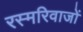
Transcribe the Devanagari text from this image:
रस्मरिवाजों